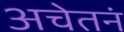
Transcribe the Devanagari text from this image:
अचेतनं